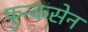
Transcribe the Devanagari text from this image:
फुन्कसेन